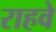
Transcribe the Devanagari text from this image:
राहवे